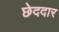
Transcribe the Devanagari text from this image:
छेददार